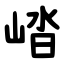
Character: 崉